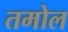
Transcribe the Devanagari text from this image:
तमोल